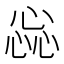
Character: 惢